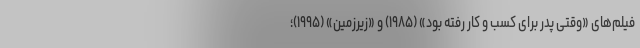
فیلم‌های «وقتی پدر برای کسب و کار رفته بود» (۱۹۸۵) و «زیرزمین» (۱۹۹۵)؛